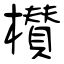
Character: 櫕